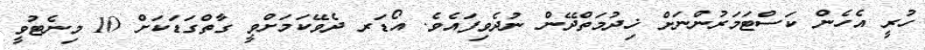
ހުރީ އެހެން ކަސްޓަމަރުންނަށް ޚިދުމަތްދޭން ނުދެވިފައެވެ. އޯޑަރ ދެވޭކަމަށްވީ ގާތްގަޑަކަށް 10 މިނެޓުވީ